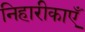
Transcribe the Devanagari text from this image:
निहारीकाएँ